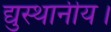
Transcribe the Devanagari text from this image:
द्युस्थानीय।